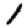
Digit: 1